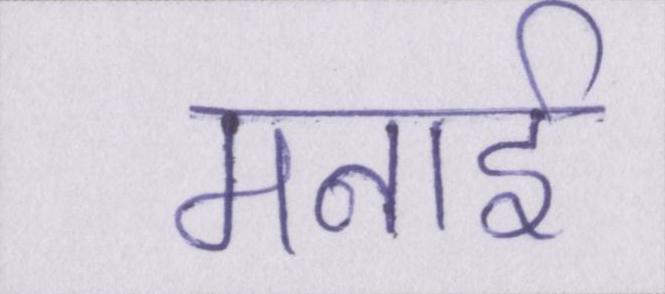
मनाई